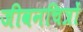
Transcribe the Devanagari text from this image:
जीवनचित्रों